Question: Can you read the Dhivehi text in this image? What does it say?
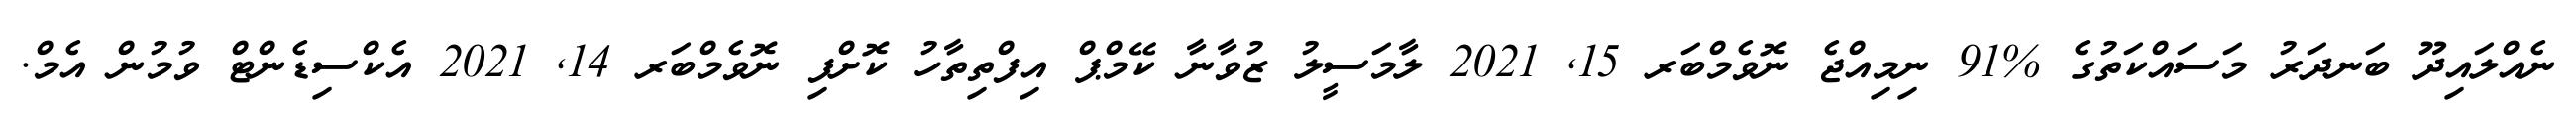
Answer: ނެއްލައިދޫ ބަނދަރު މަސައްކަތުގެ %91 ނިމިއްޖެ ނޮވެމްބަރ 15, 2021 ލާމަސީލު ޒުވާނާ ކޭމްޕް އިފްތިތާހު ކޮށްފި ނޮވެމްބަރ 14, 2021 އެކްސިޑެންޓް ވުމުން އެމް.